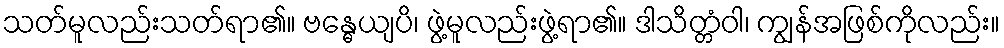
သတ်မူလည်းသတ်ရာ၏။ ဗန္ဓေယျပိ၊ ဖွဲ့မူလည်းဖွဲ့ရာ၏။ ဒါသိတ္တံဝါ၊ ကျွန်အဖြစ်ကိုလည်း။